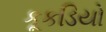
કૂકડિયો